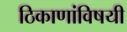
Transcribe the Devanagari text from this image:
ठिकाणांविषयी